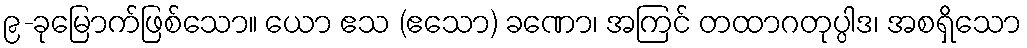
၉-ခုမြောက်ဖြစ်သော။ ယော ဧသ (ဧသော) ခဏော၊ အကြင် တထာဂတုပ္ပါဒ၊ အစရှိသော